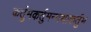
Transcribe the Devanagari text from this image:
कर्तुमकर्तुमन्यथाकर्तुम